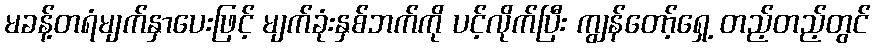
မခန့်တရံမျက်နှာပေးဖြင့် မျက်ခုံးနှစ်ဘက်ကို ပင့်လိုက်ပြီး ကျွန်တော့်ရှေ့ တည့်တည့်တွင်